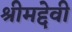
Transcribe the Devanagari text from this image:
श्रीमद्देवी